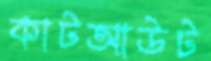
কাটআউট